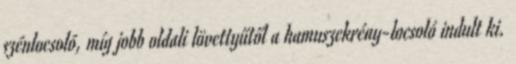
szénlocsoló, míg jobb oldali lövettyűtől a hamuszekrény-locsoló indult ki.